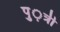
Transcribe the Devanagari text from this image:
पु़़त्री